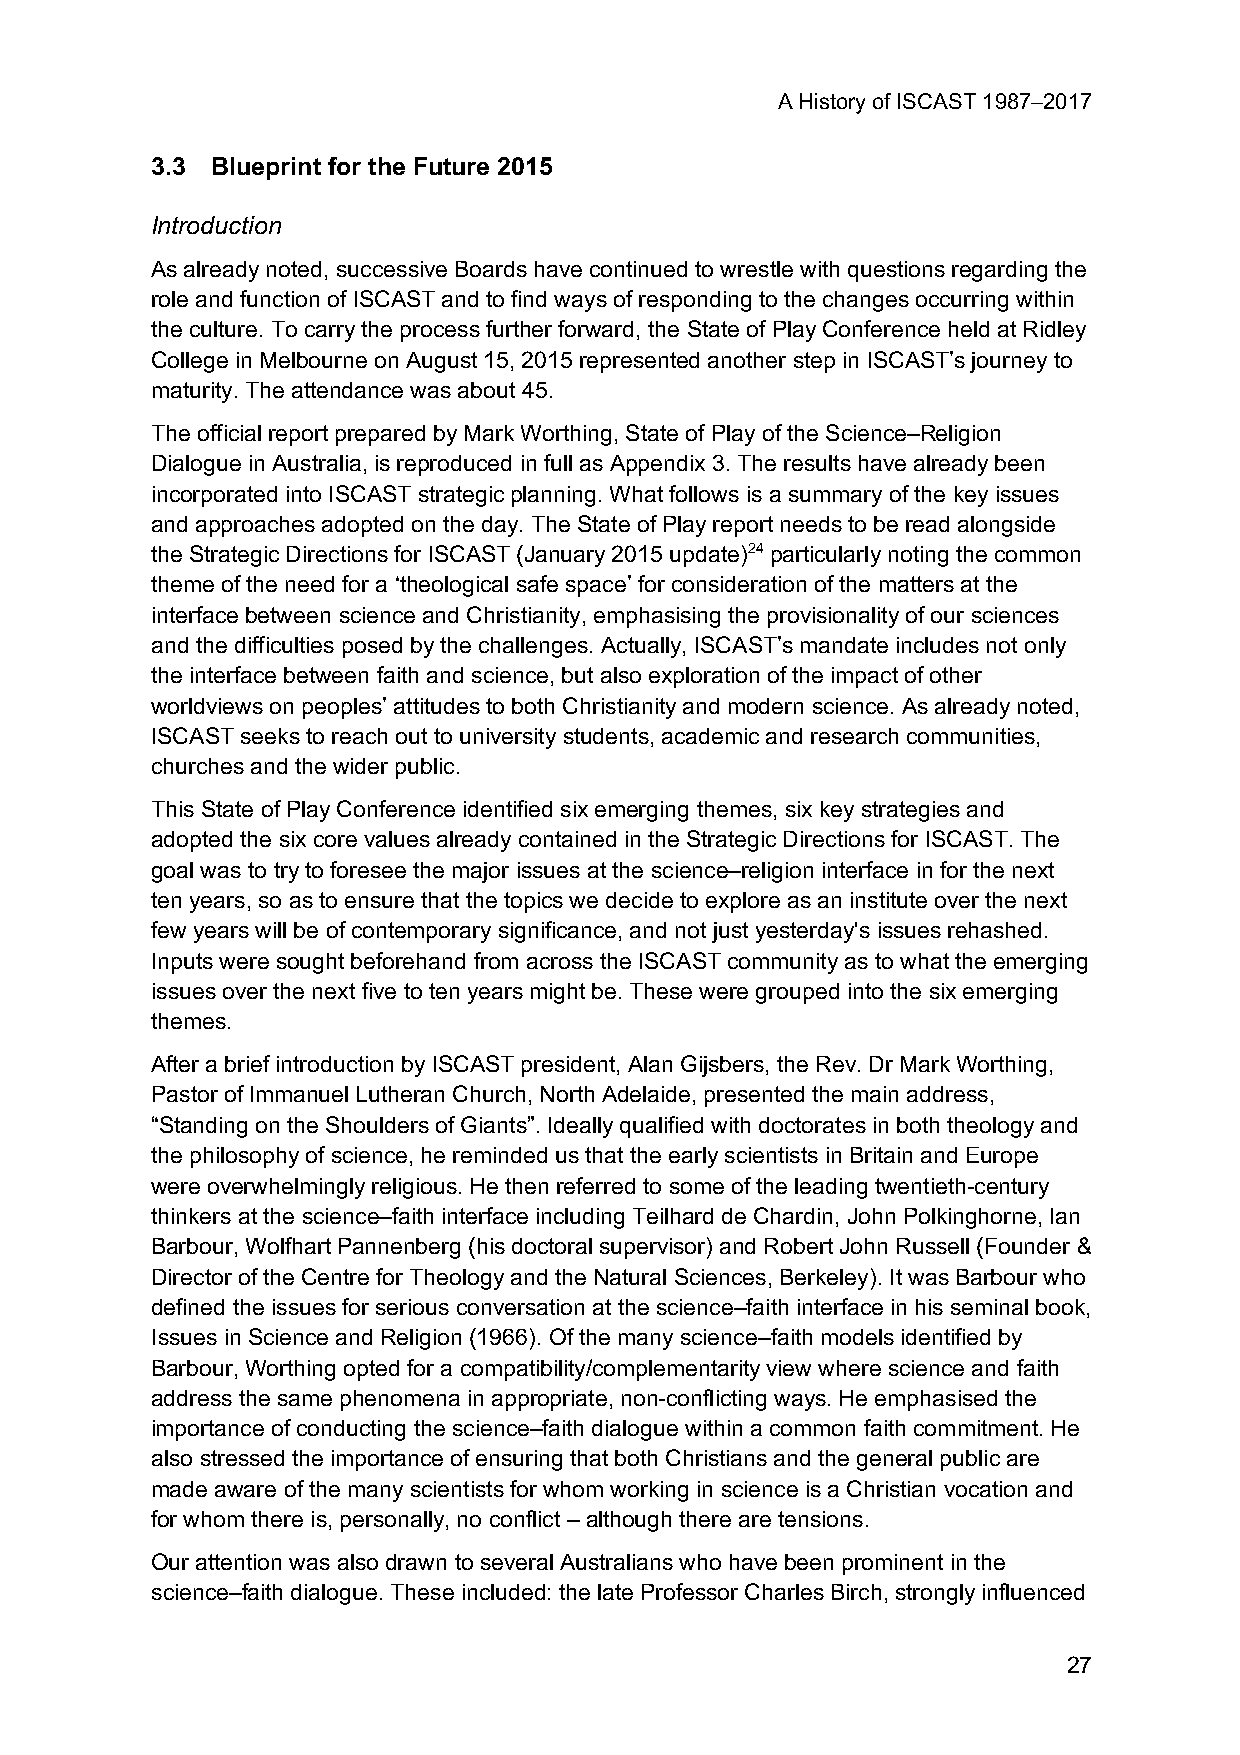
A History of ISCAST 1987–2017
 3.3 Blueprint for the Future 2015
 Introduction
 As already noted, successive Boards have continued to wrestle with questions regarding the
 role and function of ISCAST and to find ways of responding to the changes occurring within
 the culture. To carry the process further forward, the State of Play Conference held at Ridley
 College in Melbourne on August 15, 2015 represented another step in ISCAST’s journey to
 maturity. The attendance was about 45.
 The official report prepared by Mark Worthing, State of Play of the Science–Religion
 Dialogue in Australia, is reproduced in full as Appendix 3. The results have already been
 incorporated into ISCAST strategic planning. What follows is a summary of the key issues
 and approaches adopted on the day. The State of Play report needs to be read alongside
 the Strategic Directions for ISCAST (January 2015 update)24 particularly noting the common
 theme of the need for a ‘theological safe space’ for consideration of the matters at the
 interface between science and Christianity, emphasising the provisionality of our sciences
 and the difficulties posed by the challenges. Actually, ISCAST’s mandate includes not only
 the interface between faith and science, but also exploration of the impact of other
 worldviews on peoples’ attitudes to both Christianity and modern science. As already noted,
 ISCAST seeks to reach out to university students, academic and research communities,
 churches and the wider public.
 This State of Play Conference identified six emerging themes, six key strategies and
 adopted the six core values already contained in the Strategic Directions for ISCAST. The
 goal was to try to foresee the major issues at the science–religion interface in for the next
 ten years, so as to ensure that the topics we decide to explore as an institute over the next
 few years will be of contemporary significance, and not just yesterday's issues rehashed.
 Inputs were sought beforehand from across the ISCAST community as to what the emerging
 issues over the next five to ten years might be. These were grouped into the six emerging
 themes.
 After a brief introduction by ISCAST president, Alan Gijsbers, the Rev. Dr Mark Worthing,
 Pastor of Immanuel Lutheran Church, North Adelaide, presented the main address,
 “Standing on the Shoulders of Giants”. Ideally qualified with doctorates in both theology and
 the philosophy of science, he reminded us that the early scientists in Britain and Europe
 were overwhelmingly religious. He then referred to some of the leading twentieth-century
 thinkers at the science–faith interface including Teilhard de Chardin, John Polkinghorne, Ian
 Barbour, Wolfhart Pannenberg (his doctoral supervisor) and Robert John Russell (Founder &
 Director of the Centre for Theology and the Natural Sciences, Berkeley). It was Barbour who
 defined the issues for serious conversation at the science–faith interface in his seminal book,
 Issues in Science and Religion (1966). Of the many science–faith models identified by
 Barbour, Worthing opted for a compatibility/complementarity view where science and faith
 address the same phenomena in appropriate, non-conflicting ways. He emphasised the
 importance of conducting the science–faith dialogue within a common faith commitment. He
 also stressed the importance of ensuring that both Christians and the general public are
 made aware of the many scientists for whom working in science is a Christian vocation and
 for whom there is, personally, no conflict – although there are tensions.
 Our attention was also drawn to several Australians who have been prominent in the
 science–faith dialogue. These included: the late Professor Charles Birch, strongly influenced
 27